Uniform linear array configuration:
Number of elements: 12
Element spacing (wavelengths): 0.75
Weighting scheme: cosine
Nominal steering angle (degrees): -30
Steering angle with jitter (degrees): -31.044
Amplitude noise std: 0.05
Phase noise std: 0.05

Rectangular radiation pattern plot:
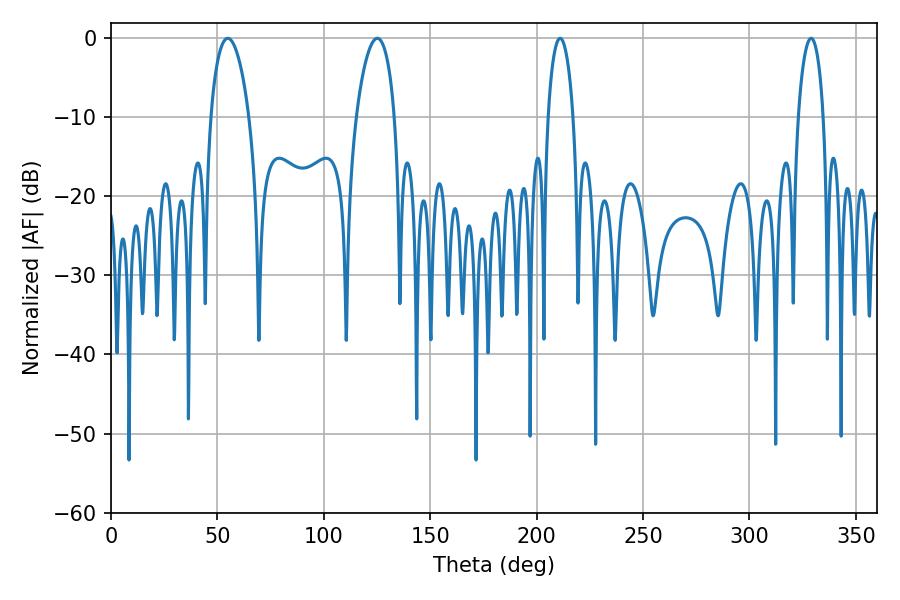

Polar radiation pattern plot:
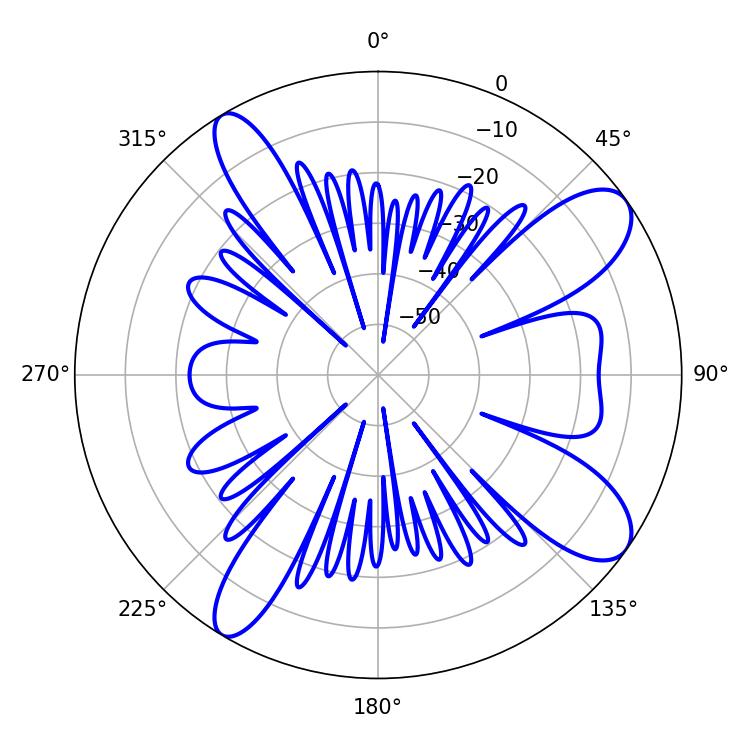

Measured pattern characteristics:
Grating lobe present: TRUE
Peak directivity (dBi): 10.259
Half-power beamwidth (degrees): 10.26
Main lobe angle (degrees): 54.9